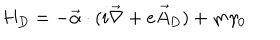
LaTeX: H _ { D } = - \vec { \alpha } \cdot ( i \vec { \nabla } + e \vec { A } _ { D } ) + m \gamma _ { 0 }